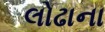
લોઢાના